Medical and sanitary report of the native army of Bengal for the year
Year: 1877
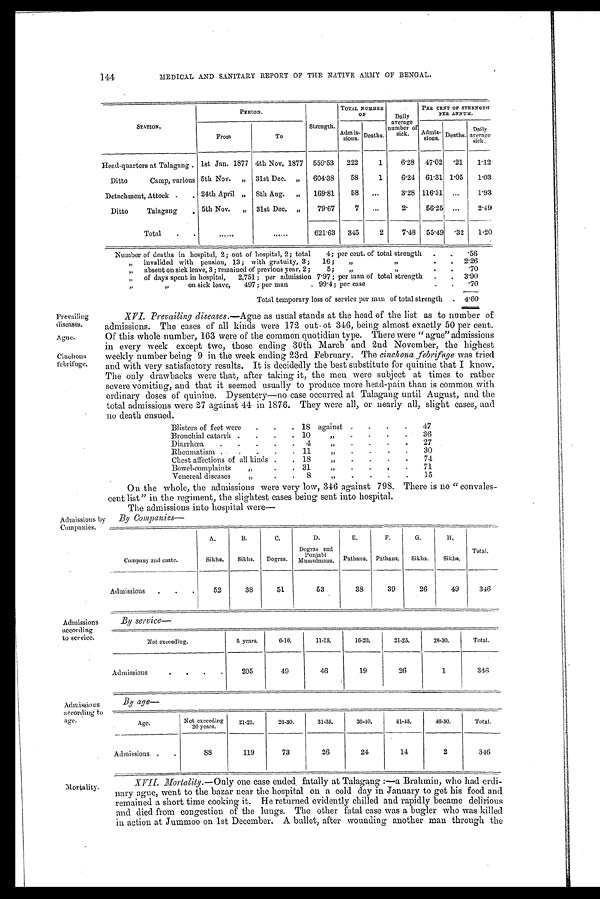
Prevailing
diseases.
Ague.
Cinchona
febrifuge.
On the whole, the admissions were very low, 346 against 798. There is no " convales-
cent list" in the regiment, the slightest cases being sent into hospital.
The admissions into hospital were
Companies—
Admissions by
Companies.
Company and caste.
A.
Sikhs.
B.
Sikhs.
C.
Dogras.
D.
Dogma sud
Punjabi
Mussullmaus.
E.
Pathans.
F.
Pathans.
G.
Sikhs.
H,
Sikhs.
Total.
Admissions
.
.
.
52
38
51
53
38
39
26
49
346
144
MEDICAL AND SANITARY REPORT OP THE NATIVE ARMY OF BENGAL.
STATION.
PERIOD.
Strength.
TOTAL NUMBER
OF
Daily
average
number of
sick .
PER CENT OF STRENGTH
PER ANNUM.
From
To
Admis- s i o n s . Deaths.
Admis-
sions. Deaths.
Daily
average
sick.
Head-quarters at Talagang . 1st Jan. 1877 4th Nov, 1877
559.53
222
1
6.28
47.02 .21
1.12
Ditto
Camp, various 5th Nov.
,,
31st Dec.
„
604.38
58
1
6.24
61.31 1.05
1.03
Detachment, Attock .
. 24th April ,,
8th Aug.
„
169.81
58
...
3.28 116.51 ...
1.93
Ditto
Talagang
. 5th Nov.
"
31st Dec.
„
79.67
7 ...
2 .
56.25 ...
2.49
Total
.
. ......
......
621.63
345
2
7.48 55.49 .32
1.20
Number of deaths in hospital, 2; out of hospital, 2; total
4; per cent. of total strength
.
.
56
„
invalided with pension, 13 ; with gratuity, 3 ;
16 ;
,,
"
.
.
2.26
„
absent on sick leave, 3; remained of previous year, 2 ;
5;
„
,,
.
.
.70
„
of days spent in hospital,
2,751; per admission 7.97; per man of total strength
.
.
3.90
„
„
on sick leave,
497; per man
. 99.4; per case
.
.
.70
Total temporary loss of service per man of total strength
.
4.60
XVI. Prevailing diseases.— Ague as usual stands at the head of the list as to number of
admissions. The cases of all kinds were 172 out of 346, being almost exactly 50 per cent.
Of this whole number, 163 were of the common quotidian type. There were " ague" admissions
in every week except two, those ending 30th March and 2nd November, the highest
weekly number being 9 in the week ending 23rd February. The cinchona febrifuge was tried
and with very satisfactory results. It is decidedly the best substitute for quinine that I know.
The only drawbacks were that, after taking it, the men were subject at times to rather
severe vomiting, and that it seemed usually to produce more head-pain than is common with
ordinary doses of quinine. Dysentery—no case occurred at Talagang until August, and the
total admissions were 27 against 44 in 1876. They were all, or nearly all, slight cases, and
no death ensued.
Blisters of feet were
.
.
. 18 against .
.
.
.
47
Bronchial catarrh .
.
.
. 10
" .
.
.
.
36
Diarrhœa
.
.
.
.
.
4
" .
.
.
.
27
Rheumatism .
.
.
.
. 11
" .
.
.
.
30
Chest affections of all kinds .
. 18
" .
.
.
.
74
Bowel-complaint
"
.
.
31
"
.
•
.
•
71
Venereal diseases
"
.
.
8
"
. .
.
. 15
Admissions
according
to service.
Admissions
according to
age.
B y s e r v i c e —
Not exceeding.
5 years.
6-10.
11-15.
16-20.
21-25.
26-30.
Total.
Admission
.
.
.
.
2 0 5
49
46
19
26
1
346
B y a g e —
A g e .
Not exceeding
20 years.
21-25.
26-30.
31-35.
36-40.
41-45.
46-50.
Total.
Admissions .
.
8 8
119
73
26
24
14
2
346
Mortality.
XVII. Mortality.— One case ended fatally at Talagang :—a Brahmin, who had ordi-
nary ague, went to the bazar near the hospital on a cold day in January to get his food and
remained a short time cooking it. He returned evidently chilled and rapidly became delirious
and died from congestion of the lungs. The other fatal case was a bugler who was killed
in action at Jummoo on 1st December. A bullet, after wounding another man through the